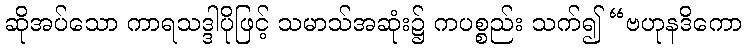
ဆိုအပ်သော ကာရသဒ္ဒါပိုဖြင့် သမာသ်အဆုံး၌ ကပစ္စည်း သက်၍ “ဗဟုနဒိကော